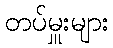
တပ်မှူးများ